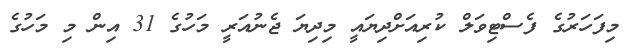
މިފަހަރުގެ ފެސްޓިވަލް ކުރިއަށްދިޔައީ މިދިޔަ ޖެނުއަރީ މަހުގެ 31 އިން މި މަހުގެ